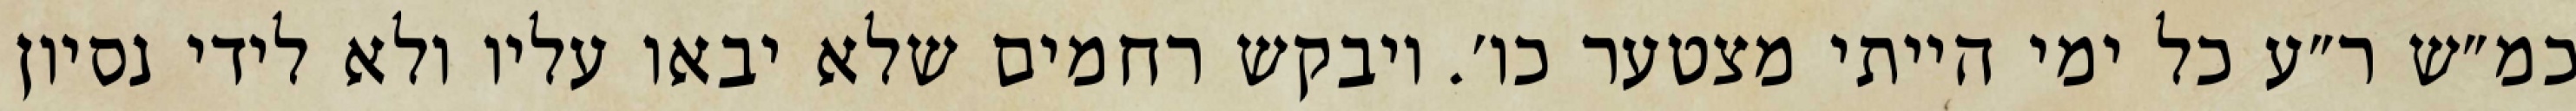
כמ״ש ר״ע כל ימי הייתי מצטער כו׳. ויבקש רחמים שלא יבאו עליו ולא לידי נסיון